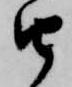
由